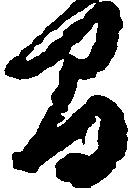
間